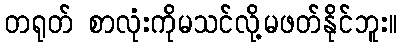
တရုတ် စာလုံးကိုမသင်လို့မဖတ်နိုင်ဘူး။